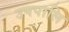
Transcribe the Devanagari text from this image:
उपपालि